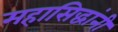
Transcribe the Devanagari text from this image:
महासिद्धांनी